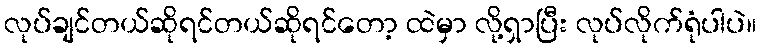
လုပ်ချင်တယ်ဆိုရင်တယ်ဆိုရင်တော့ ထဲမှာ လို့ရှာပြီး လုပ်လိုက်ရုံပါပဲ။